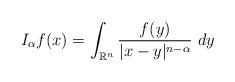
LaTeX: \begin{align*}I_{\alpha}f(x)=\int_{\mathbb{R}^n} \frac{f(y)}{|x-y|^{n-\alpha}} \ dy\end{align*}